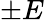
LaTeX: \pm E